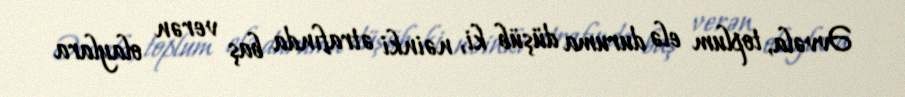
Əvvəla, toplum elə duruma düşüb ki, nəinki ətrafında baş verən olaylara